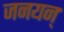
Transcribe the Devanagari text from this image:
जनयन्